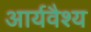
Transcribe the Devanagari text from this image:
आर्यवैश्‍य